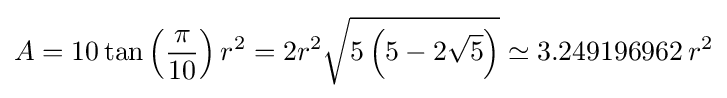
A=10\tan \left({\frac {\pi }{10}}\right)r^{2}=2r^{2}{\sqrt {5\left(5-2{\sqrt {5}}\right)}}\simeq 3.249196962\,r^{2}